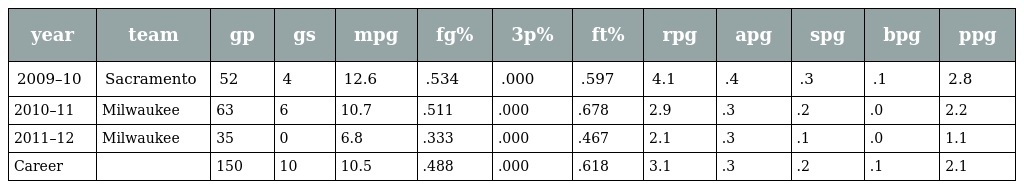
| year | team | gp | gs | mpg | fg% | 3p% | ft% | rpg | apg | spg | bpg | ppg |
 | --- | --- | --- | --- | --- | --- | --- | --- | --- | --- | --- | --- | --- |
 | 2009–10 | Sacramento | 52 | 4 | 12.6 | .534 | .000 | .597 | 4.1 | .4 | .3 | .1 | 2.8 |
 | 2010–11 | Milwaukee | 63 | 6 | 10.7 | .511 | .000 | .678 | 2.9 | .3 | .2 | .0 | 2.2 |
 | 2011–12 | Milwaukee | 35 | 0 | 6.8 | .333 | .000 | .467 | 2.1 | .3 | .1 | .0 | 1.1 |
 | Career |  | 150 | 10 | 10.5 | .488 | .000 | .618 | 3.1 | .3 | .2 | .1 | 2.1 |